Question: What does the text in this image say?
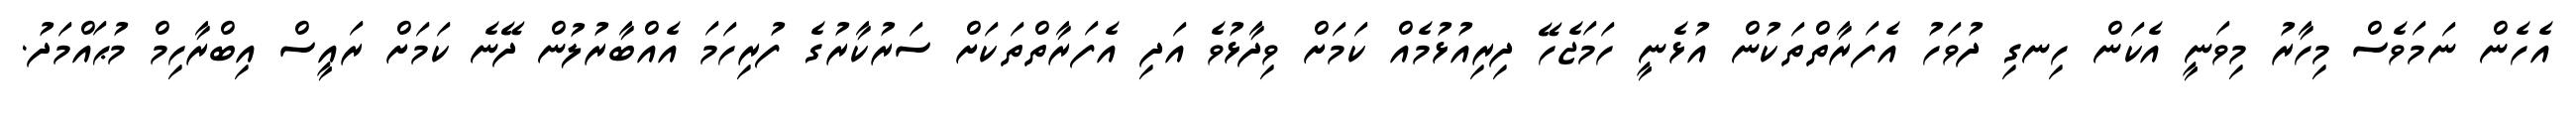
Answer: އެހެން ނަމަވެސް މިހާރު މިވަނީ އެކަން ހިނގި ދުވަހު އެފަރާތްތަކުން އުޅެނީ ހަމަޖެހޭ ދިރިއުޅުމެއް ކަމަށް ވިދާޅުވެ އަދި އެފަރާތްތަކަށް ސަރުކާރުގެ ފުރިހަމަ އެއްބާރުލުން ދޭނެ ކަމަށް ރައީސް އިބްރާހިމް މުޙައްމަދު.